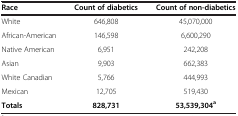
<table><thead><tr><td><b>Race</b></td><td><b>Count of diabetics</b></td><td><b>Count of non-diabetics</b></td></tr></thead><tbody><tr><td>White</td><td>646,808</td><td>45,070,000</td></tr><tr><td>African-American</td><td>146,598</td><td>6,600,290</td></tr><tr><td>Native American</td><td>6,951</td><td>242,208</td></tr><tr><td>Asian</td><td>9,903</td><td>662,383</td></tr><tr><td>White Canadian</td><td>5,766</td><td>444,993</td></tr><tr><td>Mexican</td><td>12,705</td><td>519,430</td></tr><tr><td><b>Totals</b></td><td><b>828,731</b></td><td><b>53,539,304</b><sup><b>a</b></sup></td></tr></tbody></table>